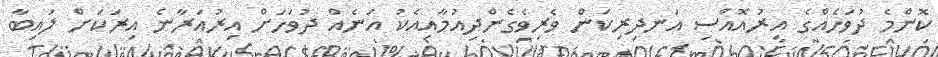
ކޮންމެ ދުވަހެއްގެ އިރުއޮއްސި އަނދިރިކަން ވެރިވެގެންދިއުމާއިއެކު އަނެއް ދުވަހަށް އިރުއަރާނެ އިރަކަށް ލައިބާ